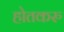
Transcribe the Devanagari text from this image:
होतकरु